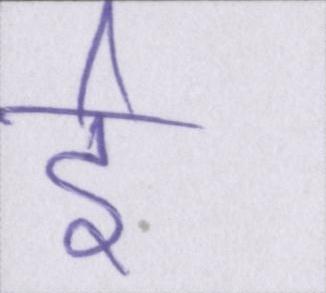
ई